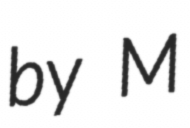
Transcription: by M